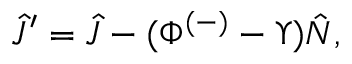
\hat { J } ^ { \prime } = \hat { J } - ( \Phi ^ { ( - ) } - \Upsilon ) \hat { N } ,